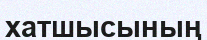
хатшысының